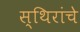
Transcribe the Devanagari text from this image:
स्थिरांचे